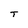
Character: T